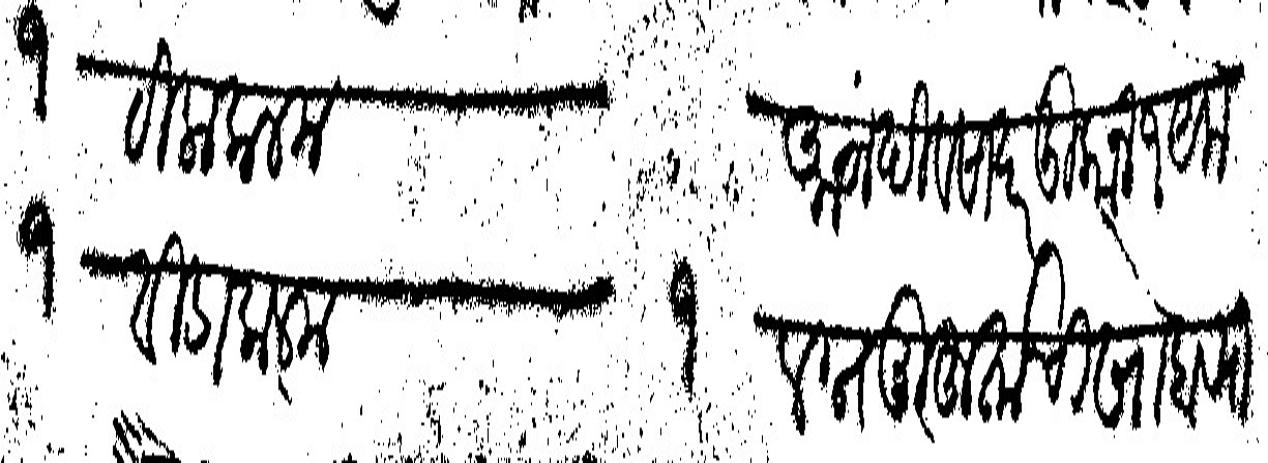
Transliteration (Devanagari): १ टिला कलम			आठांदिवसा दर दुकान १ येक १ विडा कलम			१ लग्न मुहूर्ताची खोबऱ्या